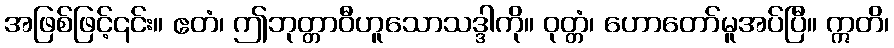
အဖြစ်ဖြင့်၎င်း။ ဧတံ၊ ဤဘုတ္တာဝီဟူသောသဒ္ဒါကို။ ဝုတ္တံ၊ ဟောတော်မူအပ်ပြီ။ ဣတိ၊